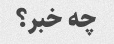
چه خبر؟